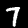
Label: 7